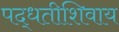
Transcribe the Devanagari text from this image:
पद्धतीशिवाय